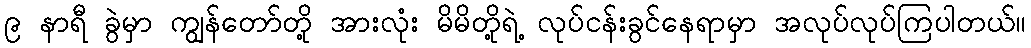
၉ နာရီ ခွဲမှာ ကျွန်တော်တို့ အားလုံး မိမိတို့ရဲ့ လုပ်ငန်းခွင်နေရာမှာ အလုပ်လုပ်ကြပါတယ်။